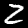
Digit: 2